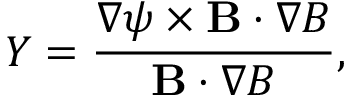
Y = \frac { \nabla \psi \times \mathbf { B } \cdot \nabla B } { \mathbf { B } \cdot \nabla B } ,